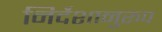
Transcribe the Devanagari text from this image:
निर्देशानुरुप